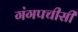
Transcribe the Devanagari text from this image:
गंगपचीसी